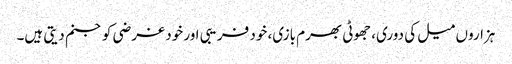
ہزاروں میل کی دوری، جھوٹی بھرم بازی، خود فریبی اور خود غرضی کو جنم دیتی ہیں۔